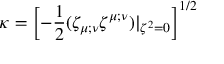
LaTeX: \kappa = \left[ - { \frac { 1 } { 2 } } ( \zeta _ { \mu ; \nu } \zeta ^ { \mu ; \nu } ) | _ { \zeta ^ { 2 } = 0 } \right] ^ { 1 / 2 }